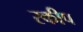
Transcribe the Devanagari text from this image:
स्कीप